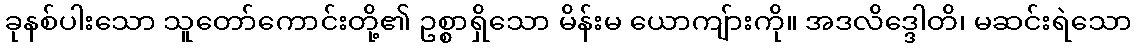
ခုနစ်ပါးသော သူတော်ကောင်းတို့၏ ဥစ္စာရှိသော မိန်းမ ယောကျ်ားကို။ အဒလိဒ္ဒေါတိ၊ မဆင်းရဲသော